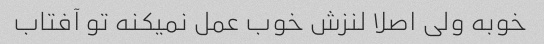
خوبه ولی اصلا لنزش خوب عمل نمیکنه تو آفتاب